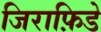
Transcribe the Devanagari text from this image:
जिराफ़िडे